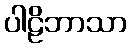
ပါဠိဘာသာ